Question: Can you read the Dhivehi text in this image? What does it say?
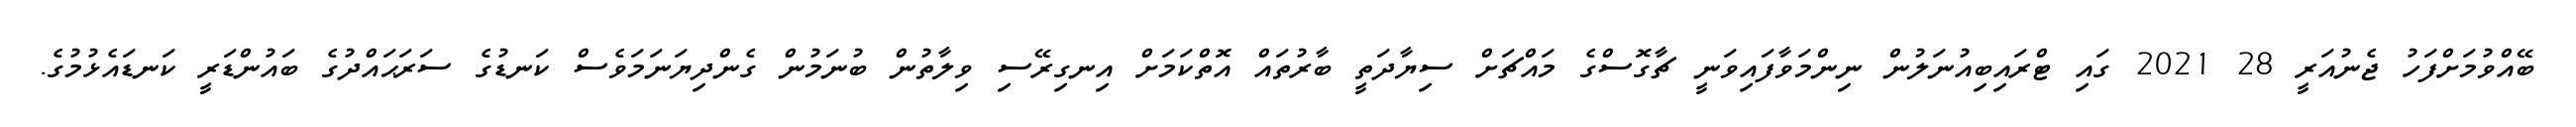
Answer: ބޭއްވުމަށްފަހު ޖެނުއަރީ 28 2021 ގައި ޓްރައިބިއުނަލުން ނިންމަވާފައިވަނީ ޗާގޮސްގެ މައްޗަށް ސިޔާދަތީ ބާރުތައް އޮތްކަމަށް އިނގިރޭސި ވިލާތުން ބުނަމުން ގެންދިޔަނަމަވެސް ކަނޑުގެ ސަރަޙައްދުގެ ބައުންޑަރީ ކަނޑައެޅުމުގެ.